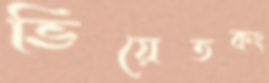
ভিয়েতকং